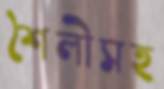
শৈলীসহ